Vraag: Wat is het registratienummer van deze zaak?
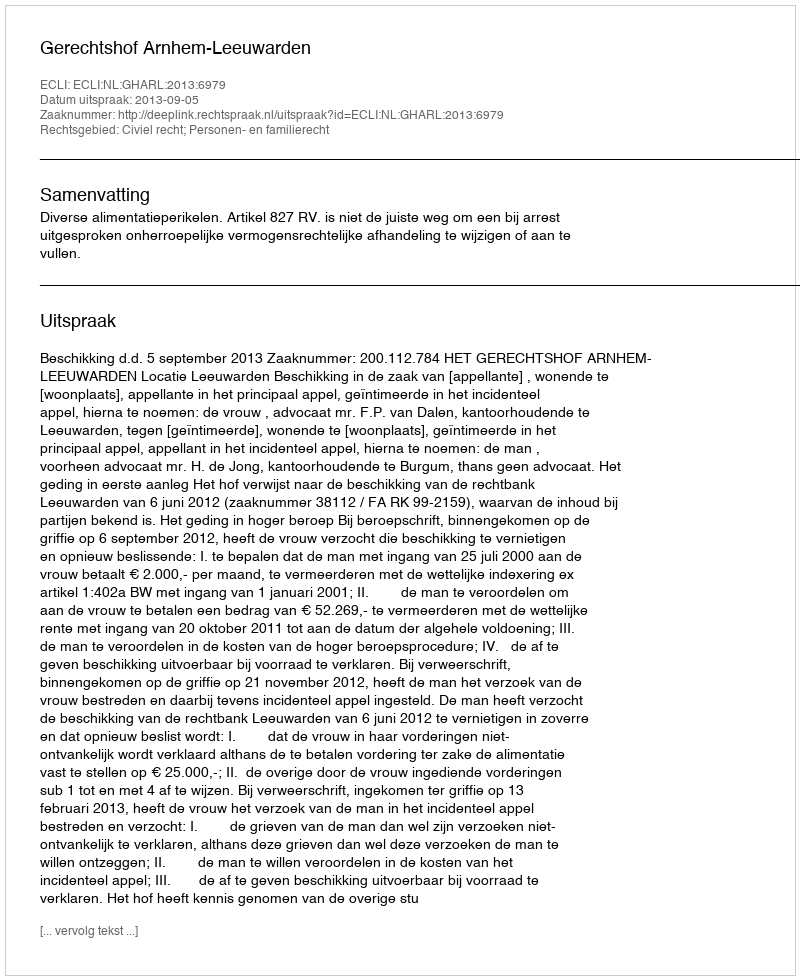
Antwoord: http://deeplink.rechtspraak.nl/uitspraak?id=ECLI:NL:GHARL:2013:6979